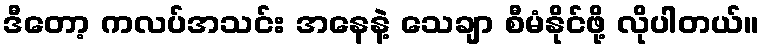
ဒီတော့ ကလပ်အသင်း အနေနဲ့ သေချာ စီမံနိုင်ဖို့ လိုပါတယ်။